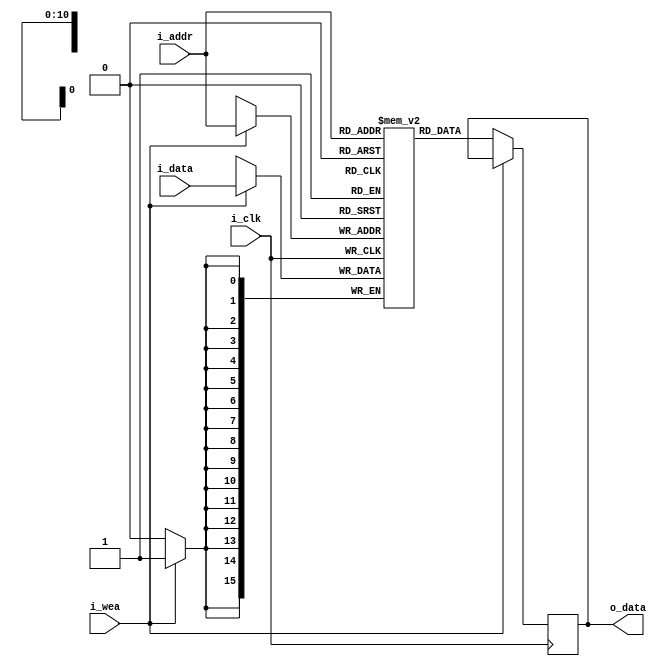
`timescale 1ns / 1ps
//////////////////////////////////////////////////////////////////////////////////
// Company: 
// Engineer: 
// 
// Design Name: 
// Module Name: data_memory
// Project Name: 
// Target Devices: 
// Tool Versions: 
// Description: 
// 
// Dependencies: 
// 
// Revision:
// Revision 0.01 - File Created
// Additional Comments:
// 
//////////////////////////////////////////////////////////////////////////////////

module data_memory
#(
  parameter RAM_WIDTH = 16,                       // Specify RAM data width
  parameter RAM_DEPTH = 2048,                     // Specify RAM depth (number of entries)
  parameter RAM_PERFORMANCE = "LOW_LATENCY", // Select "HIGH_PERFORMANCE" or "LOW_LATENCY"
  parameter INIT_FILE = ""                        // Specify name/location of RAM initialization file if using one (leave blank if not)
)
(
  input [clogb2(RAM_DEPTH-1) - 1 : 0] i_addr,   // Address bus, width determined from RAM_DEPTH
  input [RAM_WIDTH-1:0] i_data,           // RAM input data
  input i_clk,                            // Clock
  input i_wea,                            // Write enable
  //input ena,                            // RAM Enable, for additional power savings, disable port when not in use
  //input rsta,                           // Output reset (does not affect memory contents)
  //input regcea,                         // Output register enable
  output [RAM_WIDTH - 1 : 0] o_data       // RAM output data
);
  
  wire ena = 1 ;                  // RAM Enable, for additional power savings, disable port when not in use
  wire rsta = 0 ;                 // Output reset (does not affect memory contents)
  wire regcea = 1;                // Output register enable

  reg [RAM_WIDTH - 1 : 0] BRAM [RAM_DEPTH - 1 : 0];
  reg [RAM_WIDTH - 1 : 0] ram_data = {RAM_WIDTH {1'b0}};

  // The following code either initializes the memory values to a specified file or to all zeros to match hardware
  generate
    if (INIT_FILE != "") begin: use_init_file
      initial
        $readmemb(INIT_FILE, BRAM, 0, RAM_DEPTH - 1); //Inicializa con el archivo
    end 
    else begin: init_bram_to_zero //Inicializa en cero en caso de no existir el archivo
      integer ram_index;
      initial
        for (ram_index = 0; ram_index < RAM_DEPTH; ram_index = ram_index + 1)
          BRAM[ram_index] = ram_index;
    end
  endgenerate

  always @(negedge i_clk)
    if (ena)
      if (i_wea) //Escribe
        BRAM [i_addr] <= i_data;
      else    //Lee (Default)
        ram_data <= BRAM [i_addr];

  //  The following code generates HIGH_PERFORMANCE (use output register) or LOW_LATENCY (no output register)
  generate
    if (RAM_PERFORMANCE == "LOW_LATENCY") begin: no_output_register

      // The following is a 1 clock cycle read latency at the cost of a longer clock-to-out timing
       assign o_data = ram_data;

    end 
    else begin: output_register

      // The following is a 2 clock cycle read latency with improve clock-to-out timing

      reg [RAM_WIDTH - 1 : 0] reg_data_out = {RAM_WIDTH {1'b0}};

      always @(posedge i_clk)
        if (rsta)
          reg_data_out <= {RAM_WIDTH {1'b0}};
        else if (regcea)
          reg_data_out <= ram_data;

      assign o_data = reg_data_out;

    end
  endgenerate

  //  The following function calculates the address width based on specified RAM depth
  function integer clogb2;
    input integer depth;
      for (clogb2 = 0; depth > 0; clogb2 = clogb2+1)
        depth = depth >> 1;
  endfunction
 endmodule

// The following is an instantiation template for xilinx_single_port_ram_no_change
/*
  //  Xilinx Single Port No Change RAM
  xilinx_single_port_ram_no_change #(
    .RAM_WIDTH(18),                       // Specify RAM data width
    .RAM_DEPTH(1024),                     // Specify RAM depth (number of entries)
    .RAM_PERFORMANCE("HIGH_PERFORMANCE"), // Select "HIGH_PERFORMANCE" or "LOW_LATENCY"
    .INIT_FILE("")                        // Specify name/location of RAM initialization file if using one (leave blank if not)
  ) your_instance_name (
    .addra(addra),    // Address bus, width determined from RAM_DEPTH
    .dina(dina),      // RAM input data, width determined from RAM_WIDTH
    .clka(clka),      // Clock
    .wea(wea),        // Write enable
    .ena(ena),        // RAM Enable, for additional power savings, disable port when not in use
    .rsta(rsta),      // Output reset (does not affect memory contents)
    .regcea(regcea),  // Output register enable
    .douta(douta)     // RAM output data, width determined from RAM_WIDTH
  );
*/